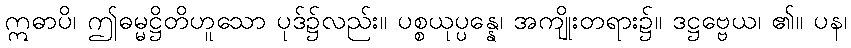
ဣဓာပိ၊ ဤဓမ္မဋ္ဌိတိဟူသော ပုဒ်၌လည်း။ ပစ္စယုပ္ပန္နေ၊ အကျိုးတရား၌။ ဒဋ္ဌဗ္ဗေယ၊ ၏။ ပန၊